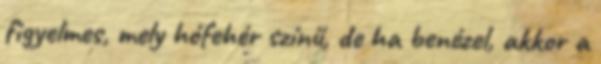
figyelmes, mely hófehér színű, de ha benézel, akkor a